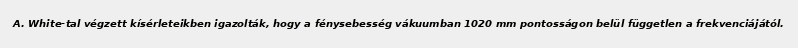
A. White-tal végzett kísérleteikben igazolták, hogy a fénysebesség vákuumban 1020 mm pontosságon belül független a frekvenciájától.